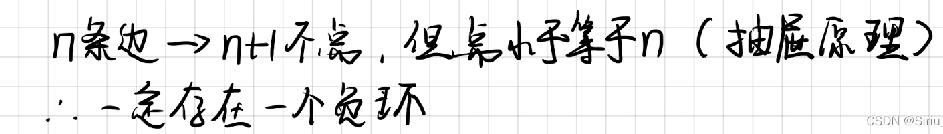
$n$条边$\to n + 1$个点，但是点小于等于$n$（抽屉原理）
$\therefore$一定存在一个负环